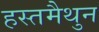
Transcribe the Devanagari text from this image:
हस्‍तमैथुन